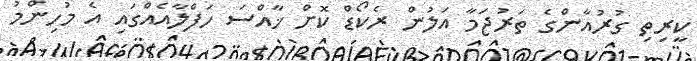
ކީރިތި ގުރުއާންގެ ތަރުޖަމާ އަލުން ރެކޯޑް ކޮށް ޚާއްސަ ހަފްލާއެއްގައި އެ މުހިންމު